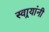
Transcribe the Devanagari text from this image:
स्वार्‍यांनी